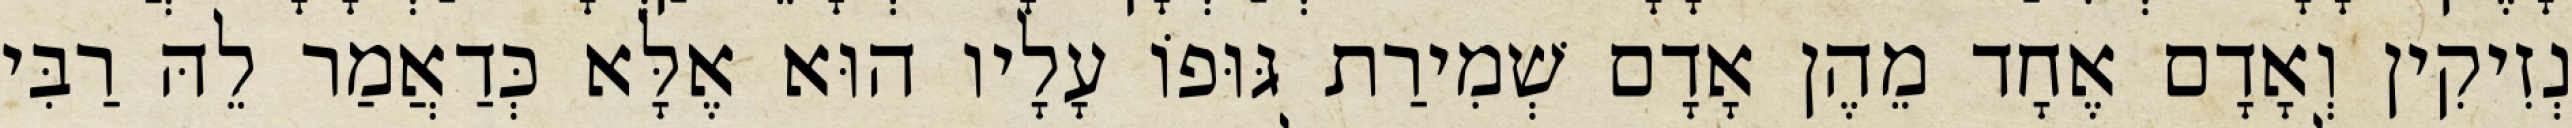
נְזִיקִין וְאָדָם אֶחָד מֵהֶן אָדָם שְׁמִירַת גּוּפוֹ עָלָיו הוּא אֶלָּא כְּדַאֲמַר לֵהּ רַבִּי